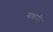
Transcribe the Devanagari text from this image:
गधनी